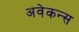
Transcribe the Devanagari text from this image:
अवेकन्स